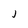
Character: J